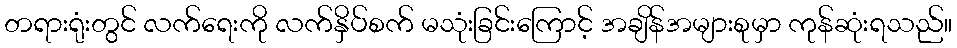
တရားရုံးတွင် လက်ရေးကို လက်နှိပ်စက် မသုံးခြင်းကြောင့် အချိန်အများစုမှာ ကုန်ဆုံးရသည်။